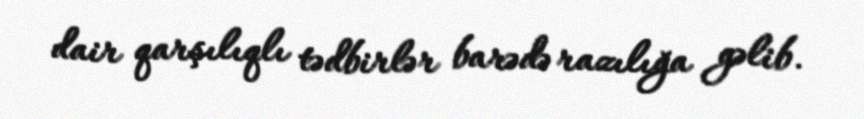
dair qarşılıqlı tədbirlər barədə razılığa gəlib.